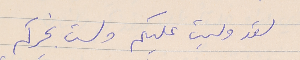
لقد وليت عليكم ولست بخيركم